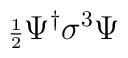
{\scriptstyle \frac{1}{2}}\Psi^{\dagger}\sigma ^{3}\Psi